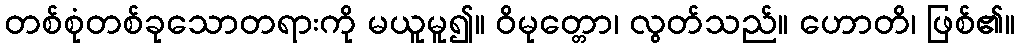
တစ်စုံတစ်ခုသောတရားကို မယူမူ၍။ ဝိမုတ္တော၊ လွတ်သည်။ ဟောတိ၊ ဖြစ်၏။